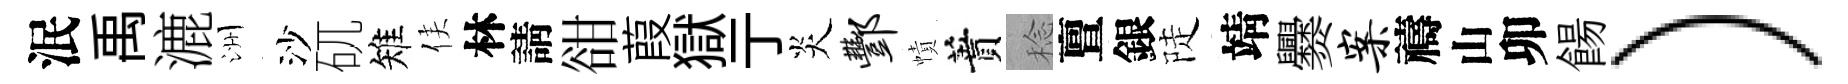
泯禹漉洲沙矹雉侯林請𧮳葭獄亍炎酆幘蕡稔亶銀陡靖爨案禱山卯餳）